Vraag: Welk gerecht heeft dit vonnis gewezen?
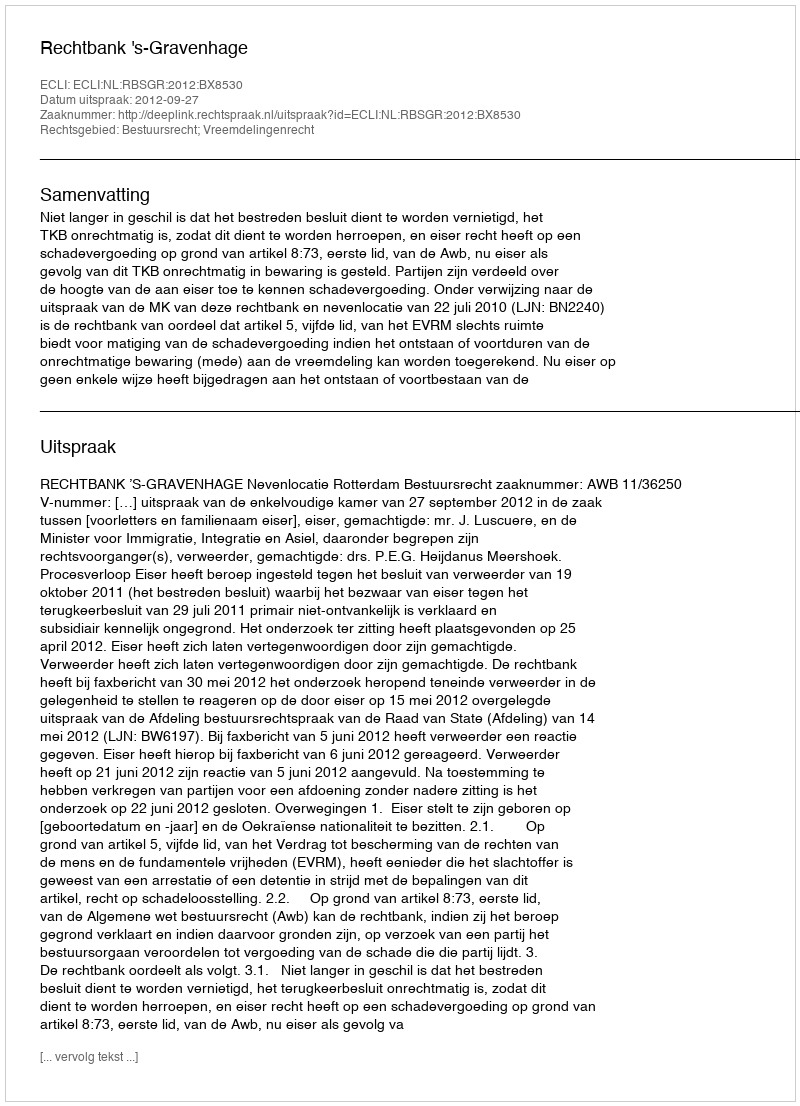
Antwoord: Rechtbank 's-Gravenhage